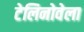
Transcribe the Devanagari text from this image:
टेलिनोवेला